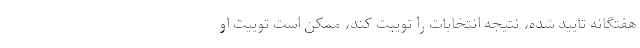
هفتگانه تایید شده، نتیجه انتخابات را توییت کند، ممکن است توییت او